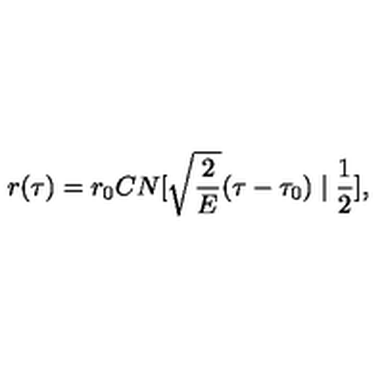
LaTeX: r ( \tau ) = r _ { 0 } C N [ \sqrt { \frac { 2 } { E } } ( \tau - \tau _ { 0 } ) \mid \frac { 1 } { 2 } ] ,